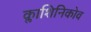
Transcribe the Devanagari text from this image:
क्लाशिनिकोव